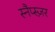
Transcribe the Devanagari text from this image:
स्नैप्स्ज़र